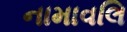
નામાવલિ